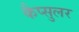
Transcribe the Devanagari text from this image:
कैप्सुलर